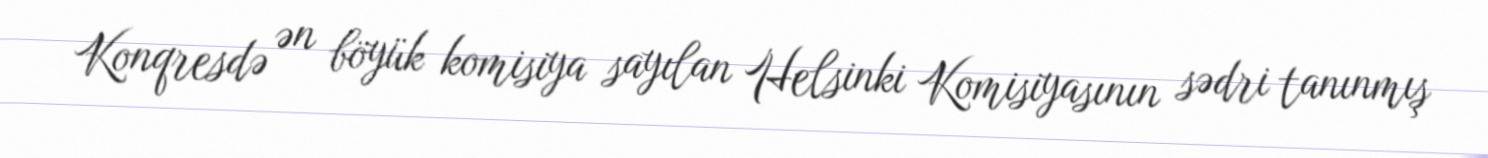
Konqresdə ən böyük komisiya sayılan Helsinki Komisiyasının sədri tanınmış